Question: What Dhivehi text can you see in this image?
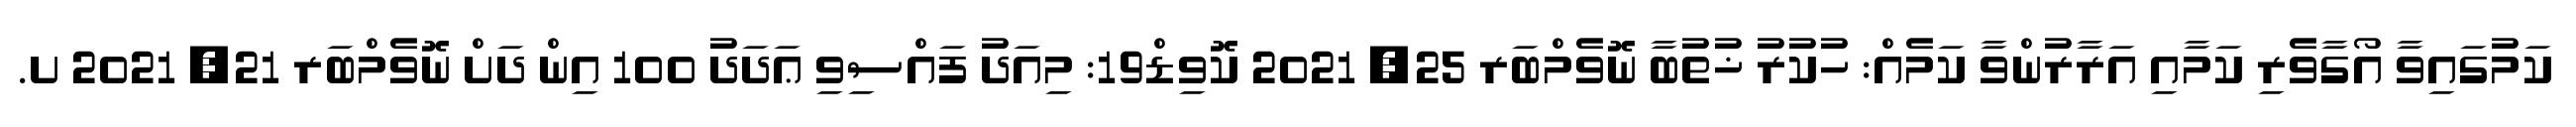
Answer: ކަމުގައިވާ އޯގާވެރި ކަމާއި އަރާރުންވާ ކަމެއް: ހުކުރު ޚުތުބާ ނޮވެމްބަރ 25, 2021 ކޮވިޑް19: މިއަދު ފައްސިވި ޢަދަދު 100 އިން ދަށް ނޮވެމްބަރ 21, 2021 ށ.